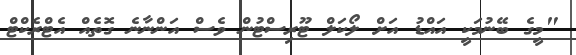
"މީގެ ބޭނުމަކީ އައްޑު އަށް ލޯކަލް ޓޫރިސްޓުން ވެސް އަންނާނެ ގޮތެއް އެޓްރެކްޓް